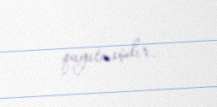
qayıtmışdır.